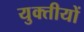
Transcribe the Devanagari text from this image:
युक्तीयों